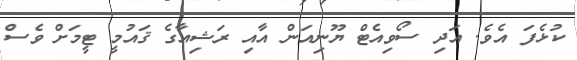
ކުޅެފަ އެވެ. އަދި ސޯވިއެޓް ޔޫނިއަން އާއި ރަޝިއާގެ ޤައުމީ ޓީމަށް ވެސް